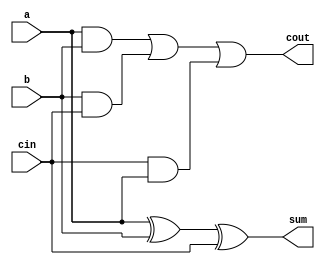
`timescale 1ns / 1ps
//////////////////////////////////////////////////////////////////////////////////
// Company: 
// Engineer: 
// 
// Design Name: 
// Module Name:    FA 
// Project Name: 
// Target Devices: 
// Tool versions: 
// Description: 
//
// Dependencies: 
//
// Revision: 
// Revision 0.01 - File Created
// Additional Comments: 
//
//////////////////////////////////////////////////////////////////////////////////
module FA(
    input a,
    input b,
    input cin,
    output sum,
    output cout
    );
assign sum=a^b^cin;
assign cout=a&b|b&cin|cin&a;

endmodule